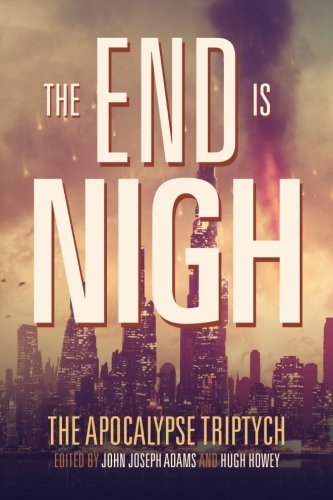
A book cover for The End is Nigh (The Apocalypse Triptych) (Volume 1); Hugh Howey; Science Fiction & Fantasy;